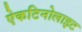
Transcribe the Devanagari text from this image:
ऐकटिनोलाइट